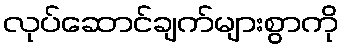
လုပ်ဆောင်ချက်များစွာကို